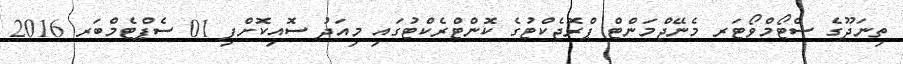
ތިނަދޫގެ ސްޓޯމްވޯޓަރ މެނޭޖްމަންޓް ޕްރޮޖެކްޓުގެ ކޮންޓްރެކްޓުގައި މިއަދު ސޮއިކޮށްފި 01 ސެޕްޓެމްބަރ 2016